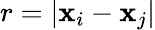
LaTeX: r=|\mathbf{x}_{i}-\mathbf{x}_{j}|